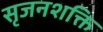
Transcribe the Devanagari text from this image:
सृजनशक्ति